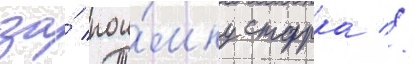
за́ пои́мку старка //